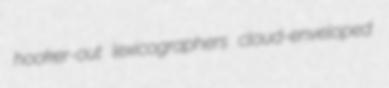
hooker-out lexicographers cloud-enveloped